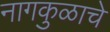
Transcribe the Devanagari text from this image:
नागकुळाचे